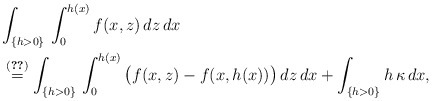
\begin{align*}\lefteqn{ \int_{\{h>0\}}\,\int_0^{h(x)} f(x,z)\,dz\,dx}\\ &\overset{\eqref{ms}}=\int_{\{h>0\}}\,\int_0^{h(x)} \big(f(x,z)-f(x,h(x))\big)\,dz\,dx+\int_{\{h>0\}} h\,\kappa\,dx,\end{align*}